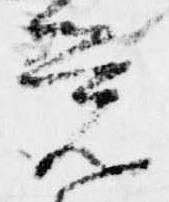
覚